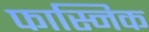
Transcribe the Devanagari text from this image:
फास्निक